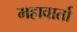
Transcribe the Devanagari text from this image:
महावार्ता